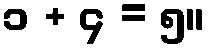
၁ + ၄ = ၅။